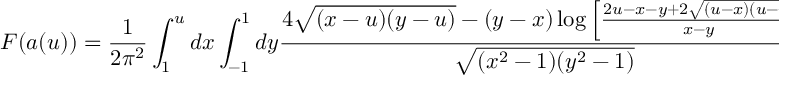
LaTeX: { \cal F } ( a ( u ) ) = { \frac { 1 } { 2 \pi ^ { 2 } } } \int _ { 1 } ^ { u } d x \int _ { - 1 } ^ { 1 } d y { \frac { 4 \sqrt { ( x - u ) ( y - u ) } - ( y - x ) \log \left[ { \frac { 2 u - x - y + 2 \sqrt { ( u - x ) ( u - y ) } } { x - y } } \right] } { \sqrt { ( x ^ { 2 } - 1 ) ( y ^ { 2 } - 1 ) } } } .